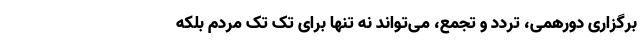
برگزاری دورهمی، تردد و تجمع، می­تواند نه­ تنها برای تک تک مردم بلکه